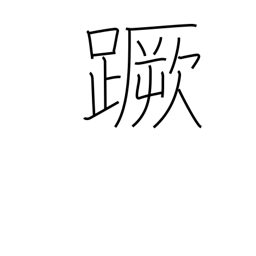
Meaning: stumble